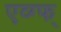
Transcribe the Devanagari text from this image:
एव्ग्फ्